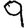
Digit: 9